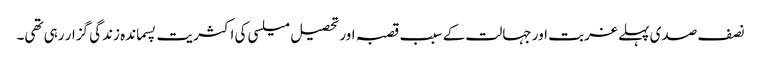
نصف صدی پہلے غربت اور جہالت کے سبب قصبہ اور تحصیل میلسی کی اکثریت پسماندہ زندگی گزار رہی تھی۔